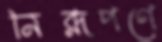
নিরূপণে